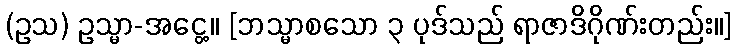
(ဥသ) ဥသ္မာ-အငွေ့။ [ဘသ္မာစသော ၃ ပုဒ်သည် ရာဇာဒိဂိုဏ်းတည်း။]